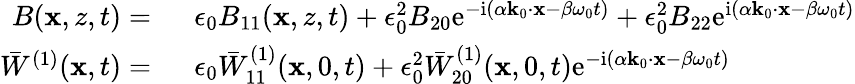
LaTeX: \begin{array}{rl}{B(\mathbf{x},z,t)=~}&{{}\epsilon_{0}B_{11}(\mathbf{x},z,t)+\epsilon_{0}^{2}B_{20}\mathrm{e}^{-\mathrm{i}(\alpha\mathbf{k}_{0}\cdot\mathbf{x}-\beta\omega_{0}t)}+\epsilon_{0}^{2}B_{22}\mathrm{e}^{\mathrm{i}(\alpha\mathbf{k}_{0}\cdot\mathbf{x}-\beta\omega_{0}t)}}\\ {\bar{W}^{(1)}(\mathbf{x},t)=~}&{{}\epsilon_{0}\bar{W}_{11}^{(1)}(\mathbf{x},0,t)+\epsilon_{0}^{2}\bar{W}_{20}^{(1)}(\mathbf{x},0,t)\mathrm{e}^{-\mathrm{i}(\alpha\mathbf{k}_{0}\cdot\mathbf{x}-\beta\omega_{0}t)}}\end{array}